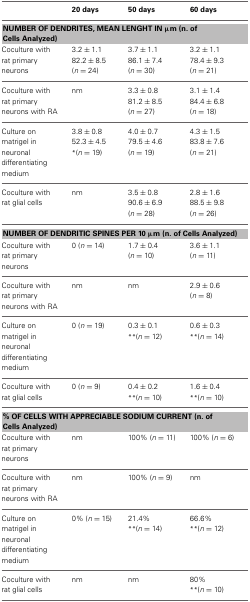
<table><thead><tr><td></td><td><b>20 days</b></td><td><b>50 days</b></td><td><b>60 days</b></td></tr></thead><tbody><tr><td colspan="4"><b>NUMBER OF DENDRITES, MEAN LENGHT IN μm (n. of Cells Analyzed)</b></td></tr><tr><td rowspan="3">Coculture with rat primary neurons</td><td>3.2 ± 1.1</td><td>3.7 ± 1.1</td><td>3.2 ± 1.1</td></tr><tr><td>82.2 ± 8.5</td><td>86.1 ± 7.4</td><td>78.4 ± 9.3</td></tr><tr><td>(<i>n</i> = 24)</td><td>(<i>n</i> = 30)</td><td>(<i>n</i> = 21)</td></tr><tr><td rowspan="3">Coculture with rat primary neurons with RA</td><td>nm</td><td>3.3 ± 0.8</td><td>3.1 ± 1.4</td></tr><tr><td></td><td>81.2 ± 8.5</td><td>84.4 ± 6.8</td></tr><tr><td></td><td>(<i>n</i> = 27)</td><td>(<i>n</i> = 18)</td></tr><tr><td rowspan="3">Culture on matrigel in neuronal differentiating medium</td><td>3.8 ± 0.8</td><td>4.0 ± 0.7</td><td>4.3 ± 1.5</td></tr><tr><td>52.3 ± 4.5</td><td>79.5 ± 4.6</td><td>83.8 ± 7.6</td></tr><tr><td><sup>*</sup>(<i>n</i> = 19)</td><td>(<i>n</i> = 19)</td><td>(<i>n</i> = 21)</td></tr><tr><td rowspan="3">Coculture with rat glial cells</td><td>nm</td><td>3.5 ± 0.8</td><td>2.8 ± 1.6</td></tr><tr><td></td><td>90.6 ± 6.9</td><td>88.5 ± 9.8</td></tr><tr><td></td><td>(<i>n</i> = 28)</td><td>(<i>n</i> = 26)</td></tr><tr><td colspan="4"><b>NUMBER OF DENDRITIC SPINES PER 10 μm (n. of Cells Analyzed)</b></td></tr><tr><td rowspan="2">Coculture with rat primary neurons</td><td>0 (<i>n</i> = 14)</td><td>1.7 ± 0.4</td><td>3.6 ± 1.1</td></tr><tr><td></td><td>(<i>n</i> = 10)</td><td>(<i>n</i> = 11)</td></tr><tr><td rowspan="2">Coculture with rat primary neurons with RA</td><td>nm</td><td>nm</td><td>2.9 ± 0.6</td></tr><tr><td></td><td></td><td>(<i>n</i> = 8)</td></tr><tr><td rowspan="2">Culture on matrigel in neuronal differentiating medium</td><td>0 (<i>n</i> = 19)</td><td>0.3 ± 0.1</td><td>0.6 ± 0.3</td></tr><tr><td></td><td><sup>**</sup>(<i>n</i> = 12)</td><td><sup>**</sup>(<i>n</i> = 14)</td></tr><tr><td rowspan="2">Coculture with rat glial cells</td><td>0 (<i>n</i> = 9)</td><td>0.4 ± 0.2</td><td>1.6 ± 0.4</td></tr><tr><td></td><td><sup>**</sup>(<i>n</i> = 10)</td><td><sup>**</sup>(<i>n</i> = 10)</td></tr><tr><td colspan="4"><b>% OF CELLS WITH APPRECIABLE SODIUM CURRENT (n. of Cells Analyzed)</b></td></tr><tr><td>Coculture with rat primary neurons</td><td>nm</td><td>100% (<i>n</i> = 11)</td><td>100% (<i>n</i> = 6)</td></tr><tr><td>Coculture with rat primary neurons with RA</td><td>nm</td><td>100% (<i>n</i> = 9)</td><td>nm</td></tr><tr><td rowspan="2">Culture on matrigel in neuronal differentiating medium</td><td>0% (<i>n</i> = 15)</td><td>21.4%</td><td>66.6%</td></tr><tr><td></td><td><sup>**</sup>(<i>n</i> = 14)</td><td><sup>**</sup>(<i>n</i> = 12)</td></tr><tr><td rowspan="2">Coculture with rat glial cells</td><td>nm</td><td>nm</td><td>80%</td></tr><tr><td></td><td></td><td><sup>**</sup>(<i>n</i> = 10)</td></tr></tbody></table>